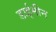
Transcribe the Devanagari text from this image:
डाईमीन